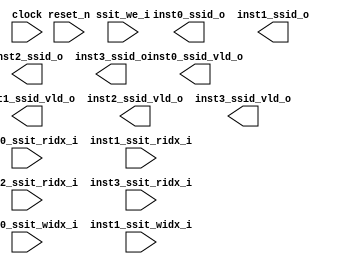
////////////////////////////////////////////////////////////////////////////////////////
//
//                
//  Description : This file contains a store set Identifier table (SSIT) for memory
//                dependence prediction, which contains the store sets using
//                a common tag for each load and the stores in store set
//                
//  Create Date : original_time
//  Version     : v0.1 
//
/////////////////////////////////////////////////////////////////////////////////////////
module ssit(
    input         clock,
    input         reset_n,
    input [11:0]  inst0_ssit_ridx_i,
    input [11:0]  inst1_ssit_ridx_i,
    input [11:0]  inst2_ssit_ridx_i,
    input [11:0]  inst3_ssit_ridx_i,
    input [11:0]  inst0_ssit_widx_i,
    input [11:0]  inst1_ssit_widx_i,
    input         ssit_we_i,
    
    output [6:0]  inst0_ssid_o,
    output [6:0]  inst1_ssid_o,
    output [6:0]  inst2_ssid_o,
    output [6:0]  inst3_ssid_o,
    output        inst0_ssid_vld_o,
    output        inst1_ssid_vld_o,
    output        inst2_ssid_vld_o,
    output        inst3_ssid_vld_o
);


endmodule